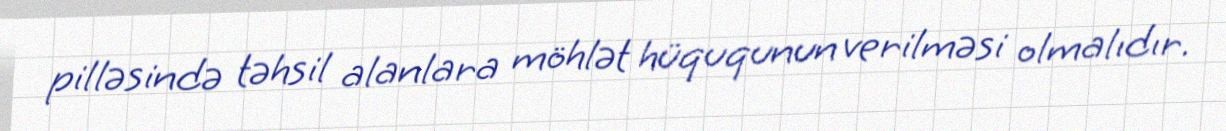
pilləsində təhsil alanlara möhlət hüququnun verilməsi olmalıdır.